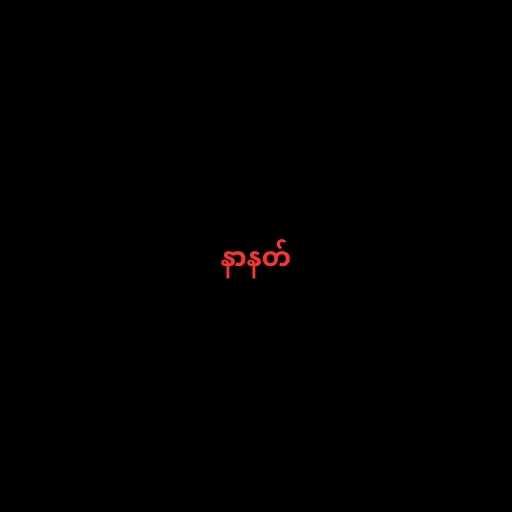
နာနတ်